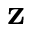
\textbf { z }